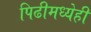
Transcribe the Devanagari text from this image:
पिढीमध्येही